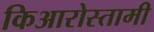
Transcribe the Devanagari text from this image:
किआरोस्तामी